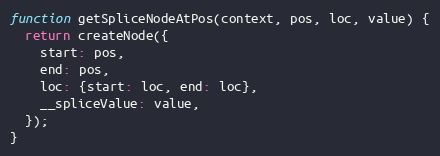
Language: JavaScript
function getSpliceNodeAtPos(context, pos, loc, value) {
  return createNode({
    start: pos,
    end: pos,
    loc: {start: loc, end: loc},
    __spliceValue: value,
  });
}